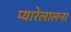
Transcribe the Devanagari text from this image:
प्यारेलालना